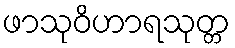
ဖာသုဝိဟာရသုတ္တ